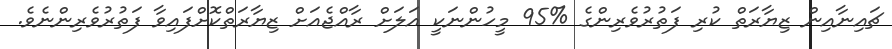
ޗައިނާއިން ޒިޔާރަތް ކުރި ފަތުރުވެރިންގެ %95 މީހުންނަކީ އަލަށް ރާއްޖެއަށް ޒިޔާރަތްކޮށްފައިވާ ފަތުރުވެރިންނެވެ.